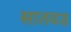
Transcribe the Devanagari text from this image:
सातवड